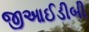
જીઆઈડીબી